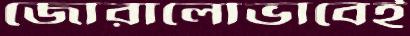
জোরালোভাবেই